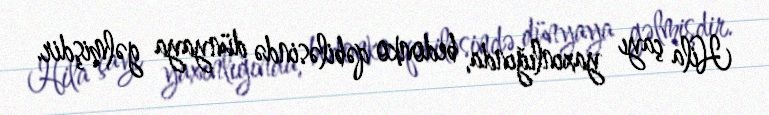
Hila çayı yaxınlığında, bedonko qəbiləsində dünyaya gəlmişdir.